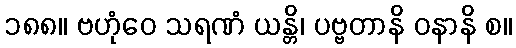
၁၈၈။ ဗဟုံဝေ သရဏံ ယန္တိ၊ ပဗ္ဗတာနိ ဝနာနိ စ။